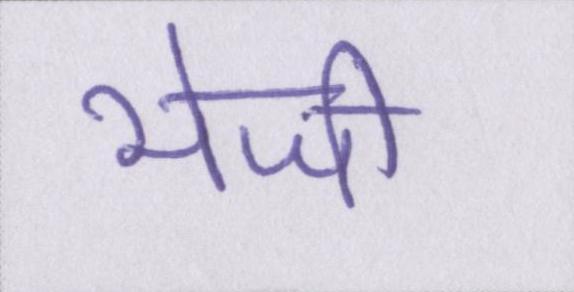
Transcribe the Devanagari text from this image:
भेजी